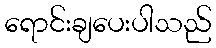
ရောင်းချပေးပါသည်